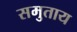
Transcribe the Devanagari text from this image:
समुताय